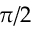
\pi / 2